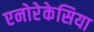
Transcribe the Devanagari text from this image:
एनोरेकेसिया